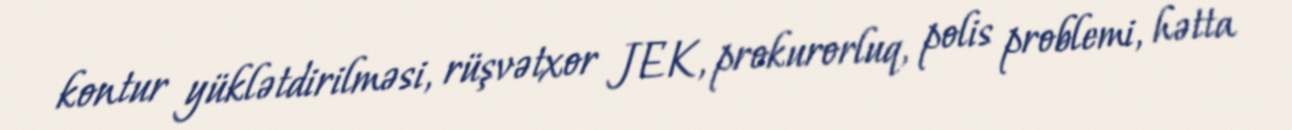
kontur yüklətdirilməsi, rüşvətxor JEK, prokurorluq, polis problemi, hətta